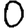
Digit: 0